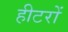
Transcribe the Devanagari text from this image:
हीटरों